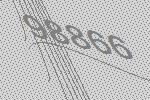
98866